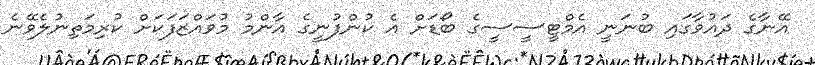
އޭނާގެ ދައުވާގައި ބުނަނީ އެމްޓީސީސީގެ ބޯޑަށް އެ ކުންފުނީގެ އާންމު މުވައްޒަފަކަށް ކުރިމަތިނުލެވޭނެ